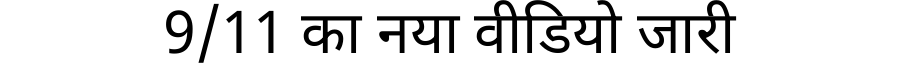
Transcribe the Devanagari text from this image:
9/11 का नया वीडियो जारी